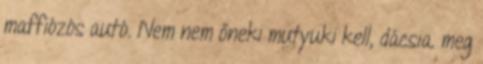
maffiózós autó. Nem nem őneki mutyuki kell, dácsia. meg